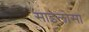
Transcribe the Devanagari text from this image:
साइलोसा